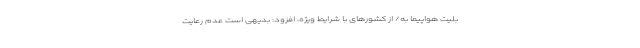
بلیت هواپیما به/ از کشورهای با شرایط ویژه، افزود: بدیهی است عدم رعایت